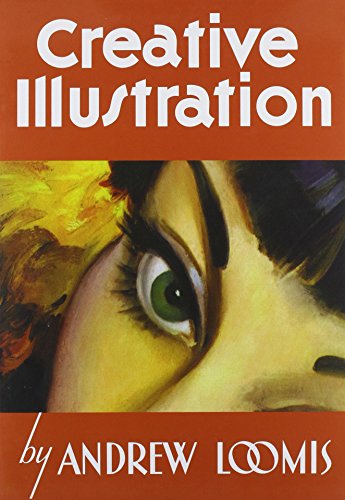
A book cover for Creative Illustration; Andrew Loomis; Arts & Photography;